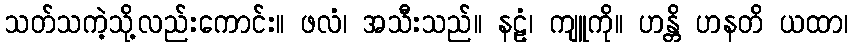
သတ်သကဲ့သို့လည်းကောင်း။ ဖလံ၊ အသီးသည်။ နဠံ၊ ကျူကို။ ဟန္တိ ဟနတိ ယထာ၊